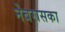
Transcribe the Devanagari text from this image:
नेबरासका